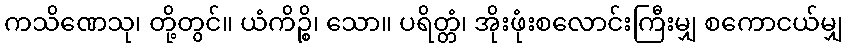
ကသိဏေသု၊ တို့တွင်။ ယံကိဉ္စိ၊ သော။ ပရိတ္တံ၊ အိုးဖုံးစလောင်းကြီးမျှ စကောငယ်မျှ